Report on the nature of kala-azar
Disease focus: Kala-Azar
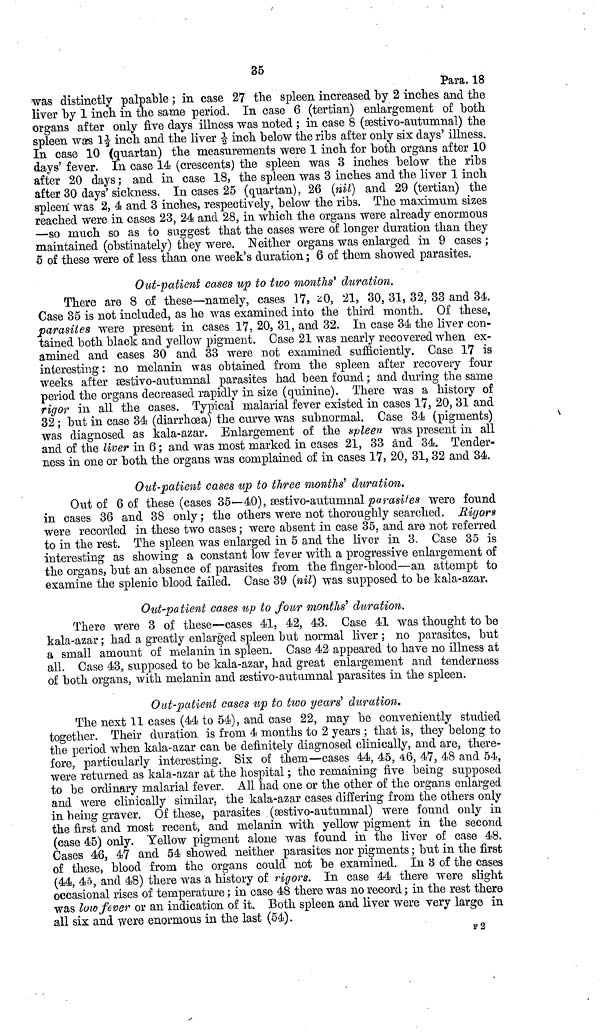
35
Para. 18
was distinctly palpable ; in case 27 the spleen increased by 2 inches and the
liver by 1 inch in the same period. In case 6 (tertian) enlargement of both
organs after only five days illness was noted ; in case 8 (æstivo-autumnal) the
spleen was 11/2 inch and the liver 1/2 inch below the ribs after only six days' illness.
In case 10 (quartan) the measurements were 1 inch for both organs after 10
days' fever. In case 14 (crescents) the spleen was 3 inches below the ribs
after 20 days ; and in case 18, the spleen was 3 inches and the liver 1 inch
after 30 days' sickness. In cases 25 (quartan), 26 (nil) and 29 (tertian) the
spleen was 2, 4 and 3 inches, respectively, below the ribs. The maximum sizes
reached were in cases 23, 24 and 28, in which the organs were already enormous
—so much so as to suggest that the cases were of longer duration than they
maintained (obstinately) they were. Neither organs was enlarged in 9 cases ;
5 of these were of less than one week's duration ; 6 of them showed parasites.
Out-patient cases up to two months' duration.
There are 8 of these—namely, cases 17, 20, 21, 30, 31, 32, 33 and 34.
Case 35 is not included, as he was examined into the third month. Of these,
parasites were present in cases 17, 20, 31, and 32. In case 34 the liver con-
tained both black and yellow pigment. Case 21 was nearly recovered when ex-
amined and cases 30 and 33 were not examined sufficiently. Case 17 is
interesting : no melanin was obtained from the spleen after recovery four
weeks after æstivo-autumnal parasites had been found ; and during the same
period the organs decreased rapidly in size (quinine). There was a history of
rigor in all the cases. Typical malarial fever existed in cases 17, 20, 31 and
32 ; but in case 34 (diarrhoea) the curve was subnormal. Case 34 (pigments)
was diagnosed as kala-azar. Enlargement of the spleen was present in all
and of the liver in 6 ; and was most marked in cases 21, 33 and 34. Tender-
ness in one or both the organs was complained of in cases 17, 20, 31, 32 and 34.
Out-patient cases up to three months' duration.
Out of 6 of these (cases 35—40), sestivo-autumnal parasites were found
in cases 36 and 38 only ; the others were not thoroughly searched. Rigors
were recorded in these two cases ; were absent in case 35, and are not referred
to in the rest. The spleen was enlarged in 5 and the liver in 3. Case 35 is
interesting as showing a constant low fever with a progressive enlargement of
the organs, but an absence of parasites from the finger-blood—an attempt to
examine the splenic blood failed. Case 39 (nil) was supposed to be kala-azar.
Out-patient cases up to four months' duration.
There were 3 of these—cases 41, 42, 43. Case 41 was thought to be
kala-azar ; had a greatly enlarged spleen but normal liver ; no parasites, but
a small amount of melanin in spleen. Case 42 appeared to have no illness at
all. Case 43, supposed to be kala-azar, had great enlargement and tenderness
of both organs, with melanin and sestivo-autumnal parasites in the spleen.
Out-patient cases up to two years' duration.
The next 11 cases (44 to 54), and case 22, may be conveniently studied
together. Their duration is from 4 months to 2 years ; that is, they belong to
the period when kala-azar can be definitely diagnosed clinically, and are, there-
fore, particularly interesting. Six of them—cases 44, 45, 46, 47, 48 and 54,
were returned as kala-azar at the hospital ; the remaining five being supposed
to be ordinary malarial fever. All had one or the other of the organs enlarged
and were clinically similar, the kala-azar cases differing from the others only
in being graver. Of these, parasites (æstivo-autumnal) were found only in
the first and most recent, and melanin with yellow pigment in the second
(case 45) only. Yellow pigment alone was found in the liver of case 48.
Cases 46, 47 and 54 showed neither parasites nor pigments ; but in the first
of these, blood from the organs could not be examined. In 3 of the cases
(44, 45, and 48) there was a history of rigors. In case 44 there were slight
occasional rises of temperature ; in case 48 there was no record ; in the rest there
was low fever or an indication of it. Both spleen and liver were very large in
all six and were enormous in the last (54).
F2